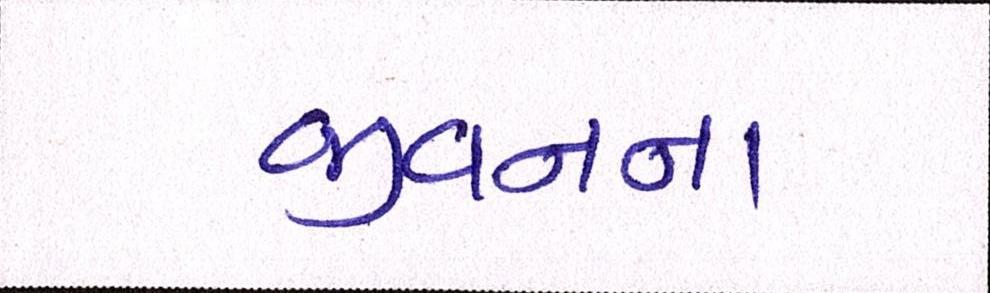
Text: જીવનના